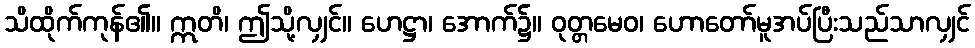
သိထိုက်ကုန်၏။ ဣတိ၊ ဤသို့လျှင်။ ဟေဋ္ဌာ၊ အောက်၌။ ဝုတ္တမေဝ၊ ဟောတော်မူအပ်ပြီးသည်သာလျှင်